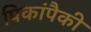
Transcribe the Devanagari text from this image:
पिकांपैकी